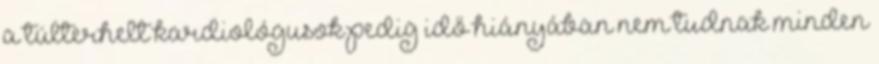
a túlterhelt kardiológusok pedig idő hiányában nem tudnak minden